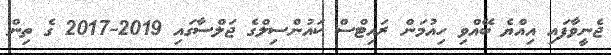
ޖެނީވާފައި އިއްޔެ ބޭއްވި ހިއުމަން ރައިޓްސް ކައުންސިލްގެ ޖަލްސާގައި 2019-2017 ގެ ތިން